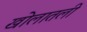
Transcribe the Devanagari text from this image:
खोलातली